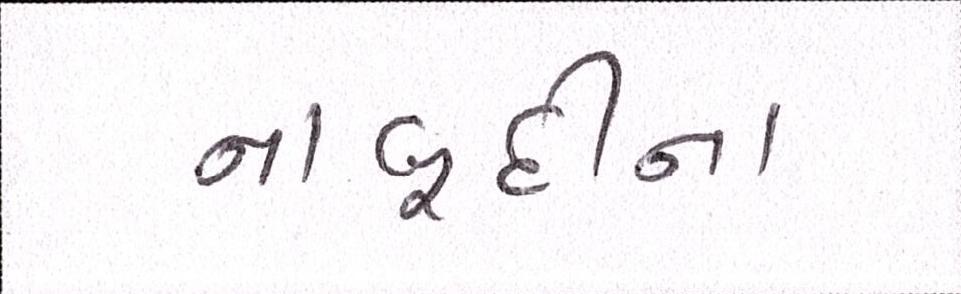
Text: નાબૂદીના